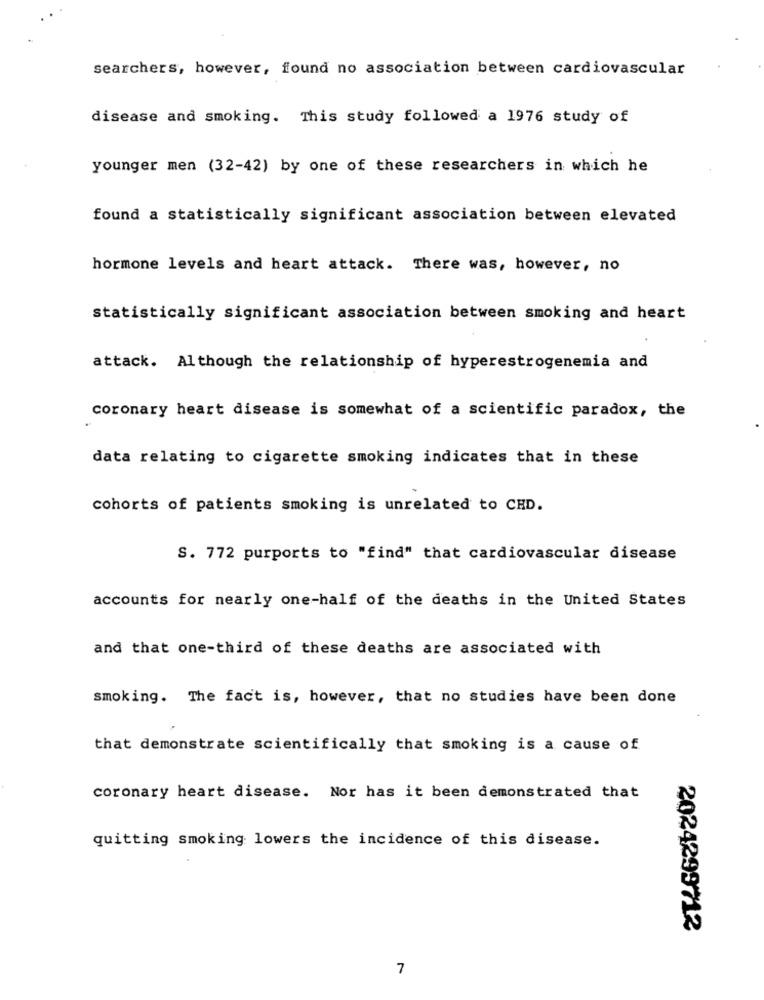
searchers, however, found no association between cardiovascular
disease and smoking. This study followed a 1976 study of
younger men (32-42) by one of these researchers in which he
found a statistically significant association between elevated
hormone levels and heart attack. There was, however, no
statistically significant association between smoking and heart
attack. Although the relationship of hyperestrogenemia and
coronary heart disease is somewhat of a scientific paradox, the
data relating to cigarette smoking indicates that in these
cohorts of patients smoking is unrelated to CHD.
S. 772 purports to "find" that cardiovascular disease
accounts for nearly one-half of the deaths in the United States
and that one-third of these deaths are associated with
smoking. The fact is, however, that no studies have been done
that demonstrate scientifically that smoking is a cause of
coronary heart disease. Nor has it been demonstrated that
quitting smoking lowers the incidence of this disease.
2024299712
7